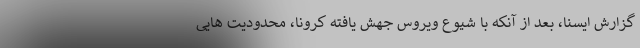
گزارش ایسنا، بعد از آنکه با شیوع ویروس جهش یافته کرونا، محدودیت هایی